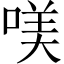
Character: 𠸍